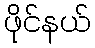
ဖိုင်နယ်